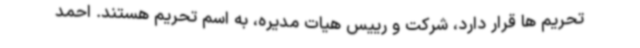
تحریم ها قرار دارد، شرکت و رییس هیات مدیره، به اسم تحریم هستند. احمد